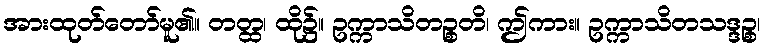
အားထုတ်တော်မူ၏။ တတ္ထ၊ ထို၌။ ဥက္ကာသိတဉ္စတိ၊ ဤကား။ ဥက္ကာသိတသဒ္ဒဉ္စ၊